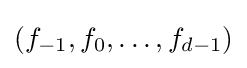
(f_{-1},f_{0},\dotsc ,f_{d-1})